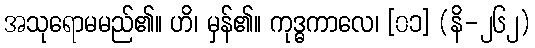
အသုရောမမည်၏။ ဟိ၊ မှန်၏။ ကုဒ္ဓကာလေ၊ [၀၁] (နိ-၂၆၂)